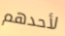
لأحدهم